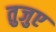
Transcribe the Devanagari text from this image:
तुजुए